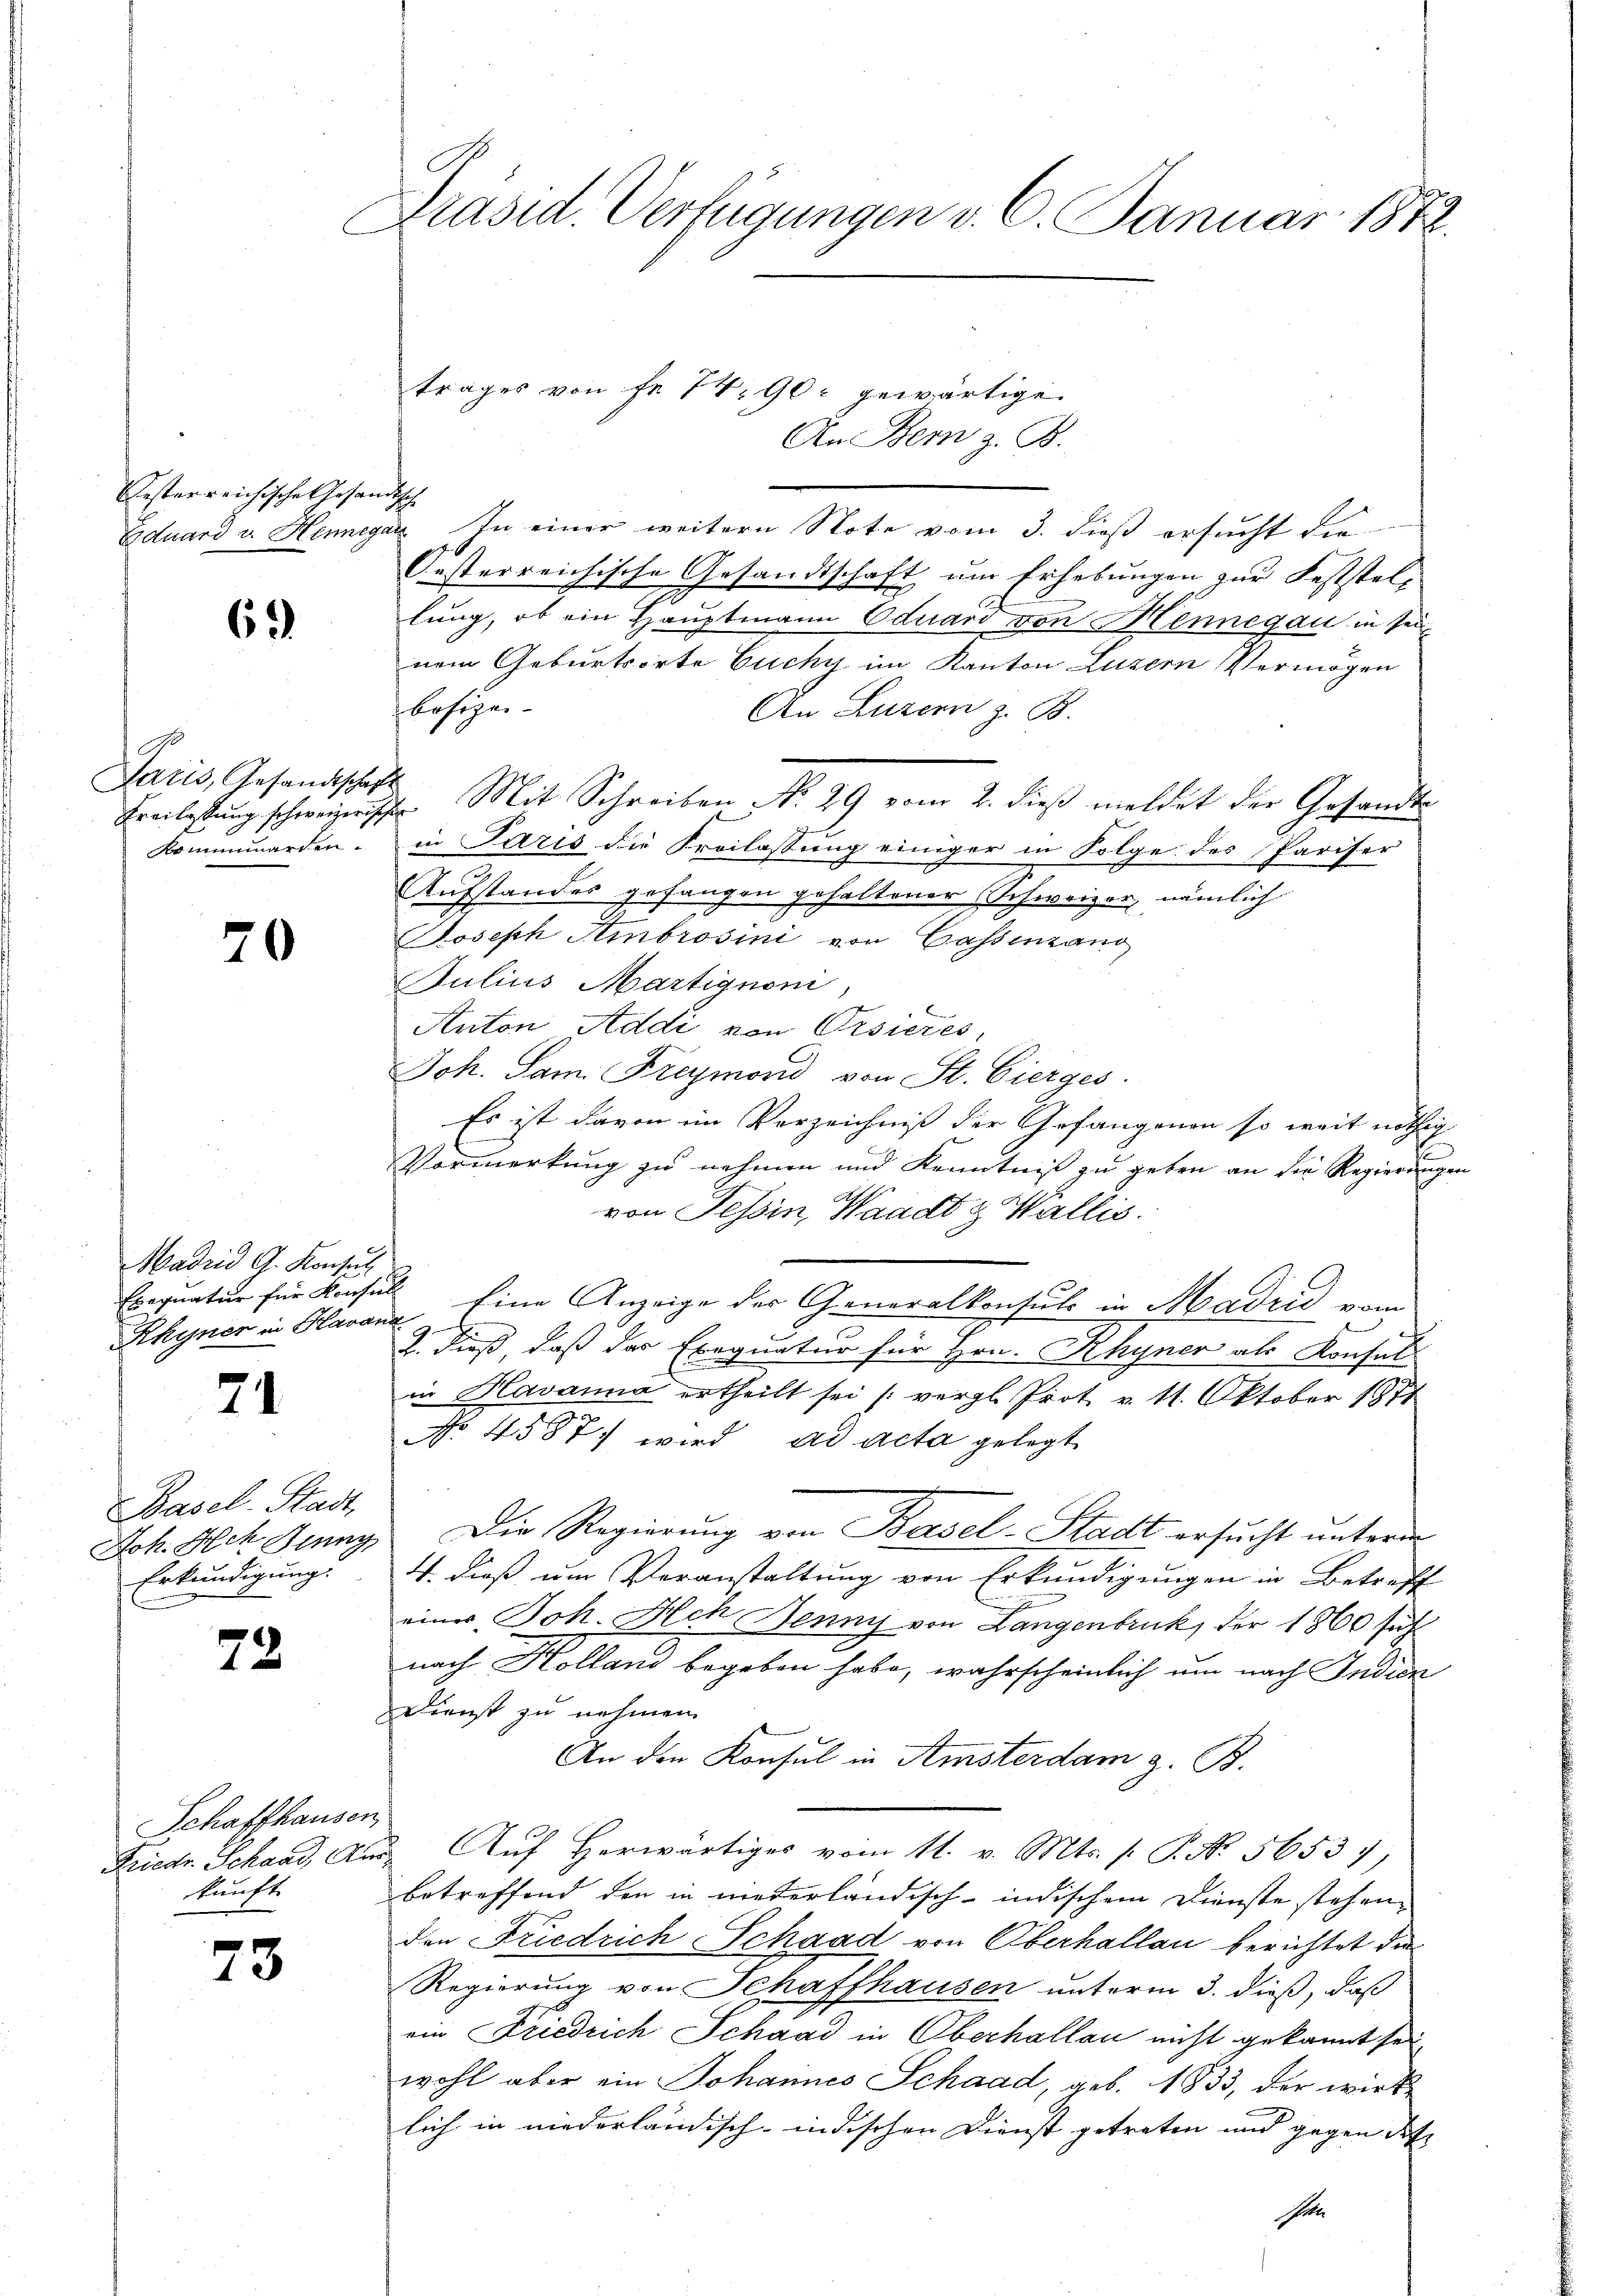
esterreichische Gesan
Eduard v. Henne

6

Paris, Gesandtschaf
Freilassung schweizericht
Rommmarden.

70

Madrid G. Konsul
Exequatur für Konsul

71

Basel-Stadt,
Joh. Ach Ding
Erkundigung.

73

Schaffhausen,
Friedr. Schaad, An
kunft

73

Präsid. Verfügungen v. 6. Januar 1872.

h
als. In einer weitern Note vom 3. dieß ersucht die
Oesterreichische Gesandtschaft um Erhebungen zur Feststellung, ob ein Hauptmann Eduard von Mennegau in sei
nem Geburtsorte Euchy im Kanton Luzern Vermögen
besizei- |
An Luzern z. B.
2. Mit Schreiben No. 29 vom 2. dieß meldet der Gesandte
2
in Paris die Freilassung einiger in Folge des Pariser
Aufstandes gefangen gehaltener Schweizer, nämlich
.
Joseph Ambrosini von Cassenzans
Julius Martignon,
E
Anton Addi von Orsieres,
Joh. Sam. Freymond von St. Gierges.
Es ist davon im Verzeichniß der Gefangenen so weit nöthige
J
Vormerkung zu nehmen und Kenntniß zu geben an die Regierungen
von Tessin, Waadt & Wallis.
Rhyner in Havana, Eine Anzeige der Generalkonsuls in Madrid vom
2. dieß, daß der Exequatur für Hrn. Rhyner als Konsuls
in Havanna ertheilt sei (vergl. Prot. v. 11. Oktober 1871
No 45877 wird ad acta gelegt
Die Regierung von Basel-Stadt ersucht unterm
4. dieß um Veranstaltung von Erkundigungen in Betreff

einer Joh. Hch Bennij von Langenbruck, der 1860 fühl
nach Kolland begeben habe, wahrscheinlich um nach Indien
Dienst zu nehmen.
An den Konsul in Amsterdam z. B.
 Auf Herwärtiges vom 11. v. Mts. f. P. No. 56537,
betreffend den in niederländisch-indischem Dienste stehen.
den Friedrich Schaad von Oberhallau berichtet die
Regierung von Schaffhausen unterm 3. dieß, daß
ein Friedrich Schaad in Oberhallan nicht gekannt sei
wohl aber ein Johannes Schaad, geb. 1833, der wirk
lich in niederländisch-indischen Dienst getreten und gegen des |

trages von fr. 74, 90 gewärtige

An Bern z. B.